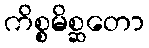
ကိစ္စမိစ္ဆတော